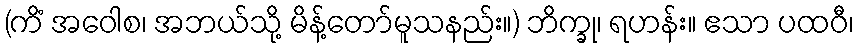
(ကိံ အဝေါစ၊ အဘယ်သို့ မိန့်တော်မူသနည်း။) ဘိက္ခု၊ ရဟန်း။ ဧသာ ပထဝီ၊